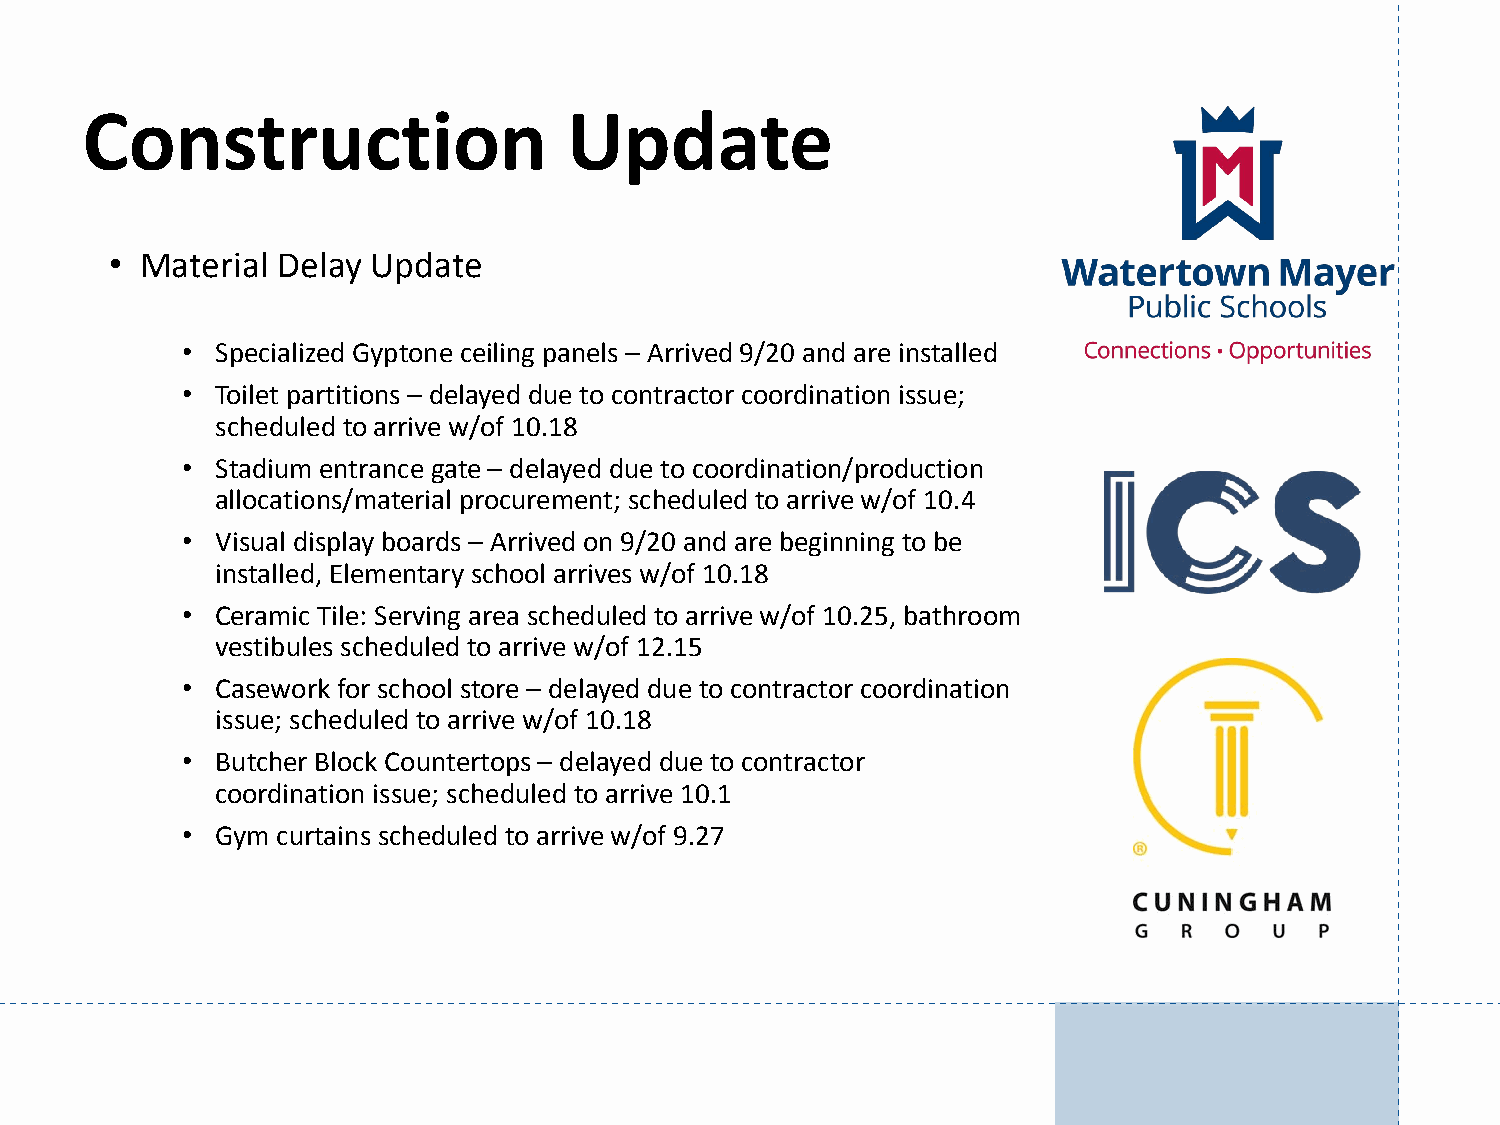
Construction                     Update
 • Material Delay  Update
 • Specialized Gyptone ceiling panels – Arrived 9/20 and are installed
 • Toilet partitions – delayed due to contractor coordination issue;
 scheduled to arrive w/of 10.18
 • Stadium entrance gate – delayed due to coordination/production
 allocations/material procurement; scheduled to arrive w/of 10.4
 • Visual display boards – Arrived on 9/20 and are beginning to be
 installed, Elementary school arrives w/of 10.18
 • Ceramic Tile: Serving area scheduled to arrive w/of 10.25, bathroom
 vestibules scheduled to arrive w/of 12.15
 • Casework for school store – delayed due to contractor coordination
 issue; scheduled to arrive w/of 10.18
 • Butcher Block Countertops – delayed due to contractor
 coordination issue; scheduled to arrive 10.1
 • Gym curtains scheduled to arrive w/of 9.27